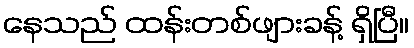
နေသည် ထန်းတစ်ဖျားခန့် ရှိပြီ။